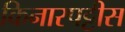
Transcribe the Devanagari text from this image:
किनारपट्टीस